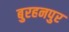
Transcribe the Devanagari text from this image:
बुरहनपुर